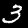
Digit: 3